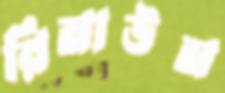
রিনাউন